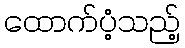
ထောက်ပံ့သည့်